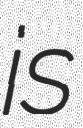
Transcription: is